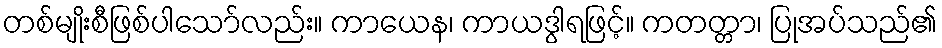
တစ်မျိုးစီဖြစ်ပါသော်လည်း။ ကာယေန၊ ကာယဒွါရဖြင့်။ ကတတ္တာ၊ ပြုအပ်သည်၏